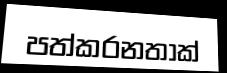
පත්කරනතාක්